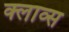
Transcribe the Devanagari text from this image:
क्लाव्स